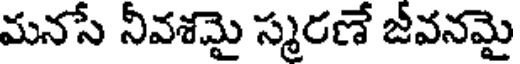
మనసే నీవశమై స్మరణే జీవనమై